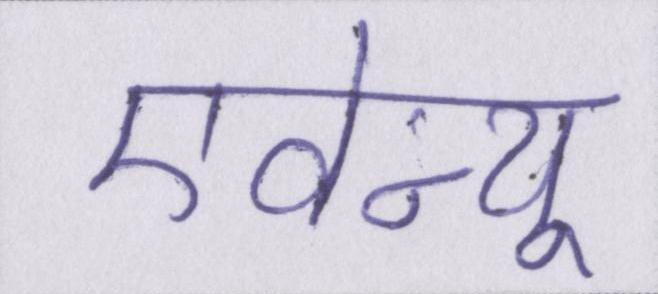
एवेन्यू